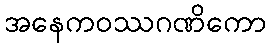
အနေကဝဿဂဏိကော